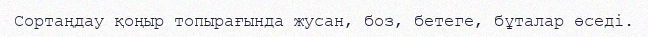
Сортаңдау қоңыр топырағында жусан, боз, бетеге, бұталар өседі.